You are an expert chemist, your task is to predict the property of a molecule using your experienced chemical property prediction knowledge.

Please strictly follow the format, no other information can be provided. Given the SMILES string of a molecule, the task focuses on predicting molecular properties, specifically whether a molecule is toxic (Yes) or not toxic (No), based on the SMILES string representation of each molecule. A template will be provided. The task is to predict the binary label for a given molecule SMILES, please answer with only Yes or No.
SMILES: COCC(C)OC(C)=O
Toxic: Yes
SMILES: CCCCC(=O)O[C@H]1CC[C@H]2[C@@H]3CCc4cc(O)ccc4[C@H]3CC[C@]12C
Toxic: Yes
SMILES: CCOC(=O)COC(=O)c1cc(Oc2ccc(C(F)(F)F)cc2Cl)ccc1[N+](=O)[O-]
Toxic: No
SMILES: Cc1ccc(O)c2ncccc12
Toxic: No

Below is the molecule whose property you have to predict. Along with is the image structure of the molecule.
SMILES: Nc1ccc2cc3ccc(N)cc3nc2c1.Nc1ccc2cc3ccc(N)cc3nc2c1
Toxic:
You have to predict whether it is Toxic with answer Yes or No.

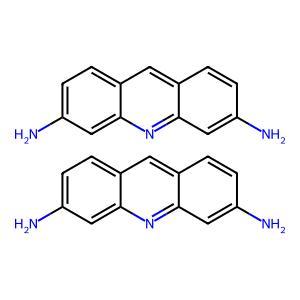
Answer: No